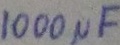
Text: 100µF